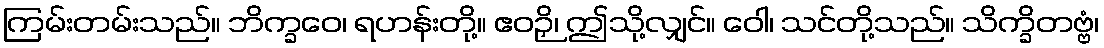
ကြမ်းတမ်းသည်။ ဘိက္ခဝေ၊ ရဟန်းတို့။ ဧဝဉှိ၊ ဤသို့လျှင်။ ဝေါ၊ သင်တို့သည်။ သိက္ခိတဗ္ဗံ၊